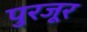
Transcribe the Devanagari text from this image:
पुरजूर